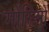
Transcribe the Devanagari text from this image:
गोरिओ